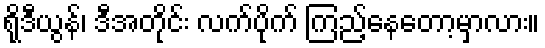
ရိုဒီယွန်၊ ဒီအတိုင်း လက်ပိုက် ကြည့်နေတော့မှာလား။